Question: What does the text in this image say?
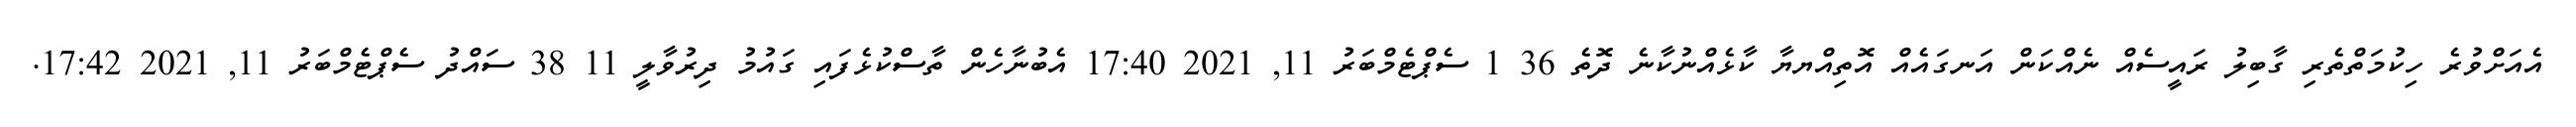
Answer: އެއަށްވުރެ ހިކުމަތްތެރި ގާބިލު ރައީސެއް ނެއްކަން އަނގައެއް އޮތިއްޔޔާ ކާޅެއްނުކާނެ ދޮތެ 36 1 ސެޕްޓެމްބަރު 11, 2021 17:40 އެބުނާހެން ތާސްކުޅެފައި ގައުމު ދިރުވާލީ 11 38 ސައްދު ސެޕްޓެމްބަރު 11, 2021 17:42.